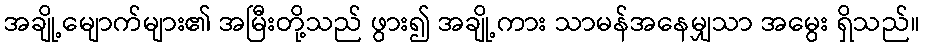
အချို့မျောက်များ၏ အမြီးတို့သည် ဖွား၍ အချို့ကား သာမန်အနေမျှသာ အမွေး ရှိသည်။